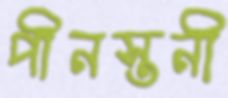
পীনস্তনী